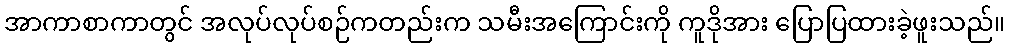
အာကာစာကာတွင် အလုပ်လုပ်စဉ်ကတည်းက သမီးအကြောင်းကို ကူဒိုအား ပြောပြထားခဲ့ဖူးသည်။